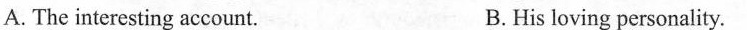
A.The interesting account. B.His loving personality.